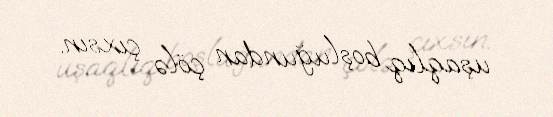
uşaqlıq boşluğundan çölə çıxsın.